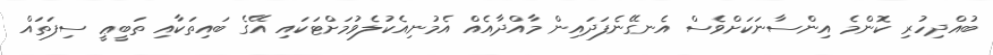
ބުއްދިހުރި ކޮންމެ އިންސާނަކަށްވެސް އެނގޭނެފަދައިން މާއްދާއެއް އެމުނިއެކުލެވުމަށްޓަކައި އޭގެ ބައިތަކާއި ތަބީޢީ ސިފަތައް